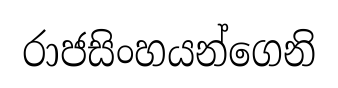
රාජසිංහයන්ගෙනි